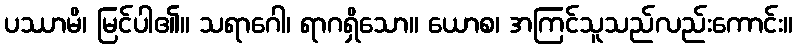
ပဿာမိ၊ မြင်ပါ၏။ သရာဂေါ၊ ရာဂရှိသော။ ယောစ၊ အကြင်သူသည်လည်းကောင်း။